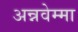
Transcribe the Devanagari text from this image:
अन्नवेम्मा